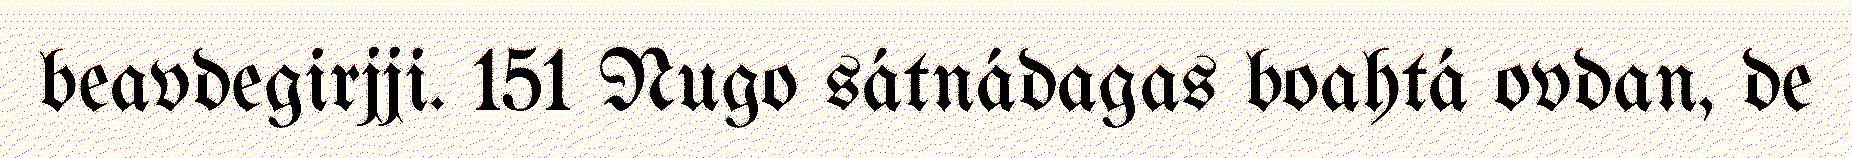
beavdegirjji. 151 Nugo sátnádagas boahtá ovdan, de